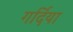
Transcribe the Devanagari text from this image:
गर्दिया